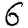
Digit: 6